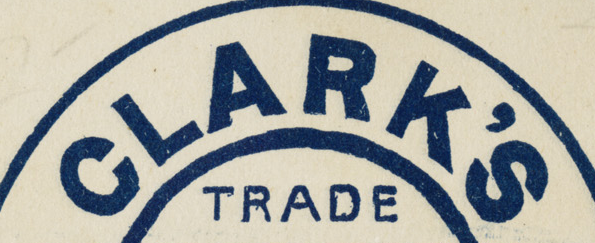
CLARK'S